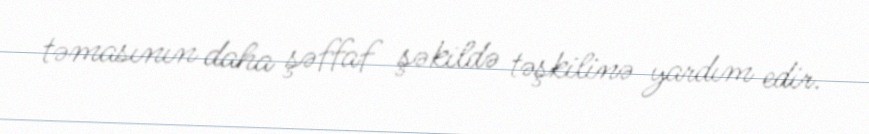
təmasının daha şəffaf şəkildə təşkilinə yardım edir.